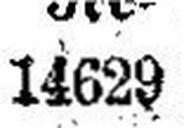
14629